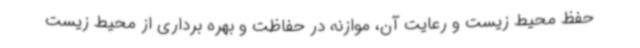
حفظ محیط زیست و رعایت آن، موازنه در حفاظت و بهره برداری از محیط زیست